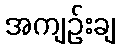
အကျဉ်းချ